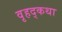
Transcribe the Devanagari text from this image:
वृहद्कथा